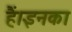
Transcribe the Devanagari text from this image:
हैं।इनका